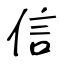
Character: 信